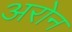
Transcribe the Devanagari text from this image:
अरोन